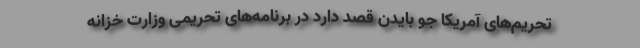
تحریم‌های آمریکا جو بایدن قصد دارد در برنامه‌های تحریمی وزارت خزانه